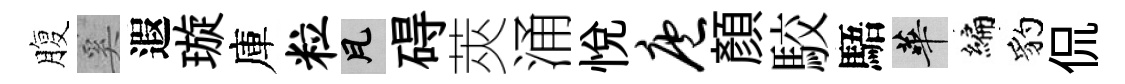
腹奚遐璇庫粒瓦碍莢涌悦庖顔駮䮏華编豹侃